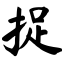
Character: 捉